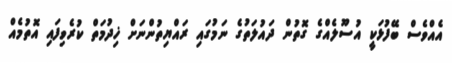
އެއްވެސް ބޭފުޅަކީ އުސޫލެއްގެ ގޮތުން ދައުލަތުގެ ނަމުގައި ރައްޔިތުންނަށް ޚިދުމަތް ކުރެވިފައި އޮތުމެއް